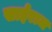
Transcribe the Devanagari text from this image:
साईराज